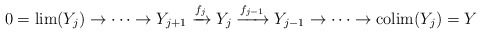
\begin{align*}0 =\lim(Y_j)\to\cdots \to Y_{j+1} \xrightarrow{f_{j}} Y_{j} \xrightarrow{f_{j-1}}Y_{j-1}\to \cdots\to \mathrm{colim}(Y_j)=Y\end{align*}